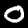
Digit: 0